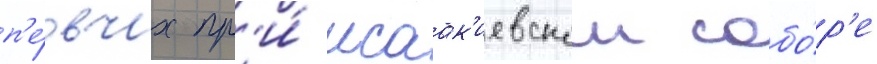
п'е́вчих пр'и́ исаак'иевском собо́р'е